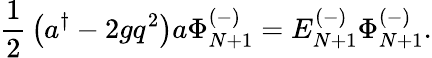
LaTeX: {\frac{1}{2}}\left(a^{\dagger}-2gq^{2}\right)a\Phi_{N+1}^{(-)}=E_{N+1}^{(-)}\Phi_{N+1}^{(-)}.